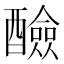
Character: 醶